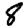
Digit: 8